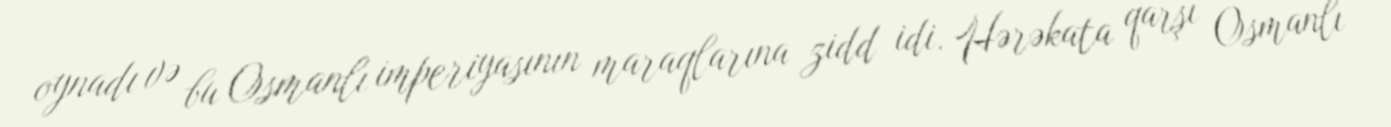
oynadı və bu Osmanlı imperiyasının maraqlarına zidd idi. Hərəkata qarşı Osmanlı